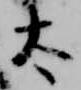
太